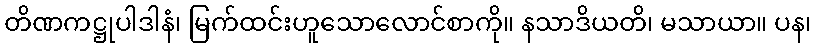
တိဏကဋ္ဌုပါဒါနံ၊ မြက်ထင်းဟူသောလောင်စာကို။ နသာဒိယတိ၊ မသာယာ။ ပန၊